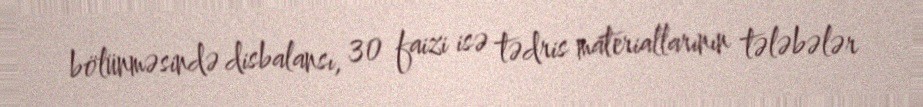
bölünməsində disbalansı, 30 faizi isə tədris materiallarının tələbələr